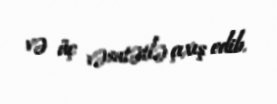
və üç vəsatətlə çıxış edib.